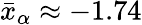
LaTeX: \bar{x}_{\alpha}\approx-1.74